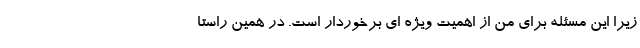
زیرا این مسئله برای من از اهمیت ویژه ای برخوردار است. در همین راستا